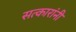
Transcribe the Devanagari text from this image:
सत्कारांनी